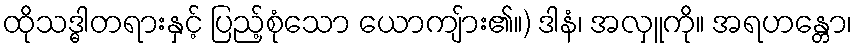
ထိုသဒ္ဓါတရားနှင့် ပြည့်စုံသော ယောကျ်ား၏။) ဒါနံ၊ အလှူကို။ အရဟန္တော၊